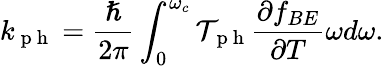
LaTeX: k_{\mathrm{~p~h~}}=\frac{\hslash}{2\pi}\int_{0}^{\omega_{c}}\mathcal{T}_{\mathrm{~p~h~}}\frac{\partial f_{BE}}{\partial T}\omega d\omega.